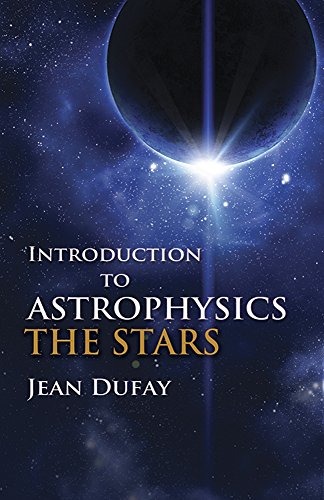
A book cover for Introduction to Astrophysics: The Stars (Dover Books on Physics); Jean Dufay; Science & Math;